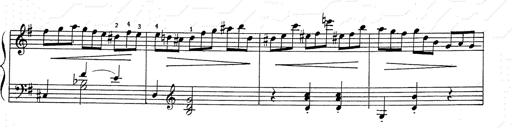
Title: 6 Polish Songs
Composer: Franz Liszt